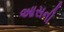
આસની